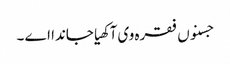
جسنوں فقرہ وی آکھیا جاندا اے ۔